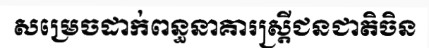
សម្រេចដាក់ពន្ធនាគារស្ត្រីជនជាតិចិន